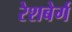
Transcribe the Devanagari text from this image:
रेशबेर्ग